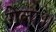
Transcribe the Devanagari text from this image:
गेला॥